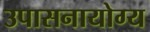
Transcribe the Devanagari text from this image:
उपासनायोग्य